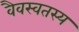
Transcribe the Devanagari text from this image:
वैवस्वतस्य